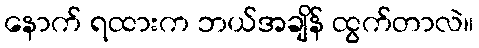
နောက် ရထားက ဘယ်အချိန် ထွက်တာလဲ။